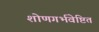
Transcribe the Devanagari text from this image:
शोणगर्भवेष्टित